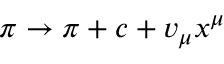
\pi \to \pi + c + v _ { \mu } x ^ { \mu }